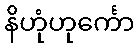
နိဟုံဟုင်္ကော